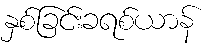
နှစ်ခြင်းခရစ်ယာန်